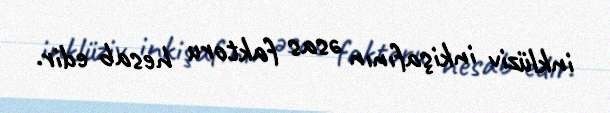
inklüziv inkişafının əsas faktoru hesab edir.